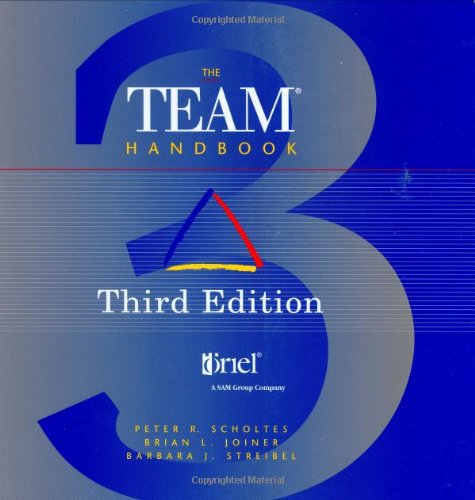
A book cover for The Team Handbook Third Edition; Peter R Scholtes; Business & Money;